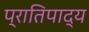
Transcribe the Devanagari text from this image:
प्रातिपाद्य